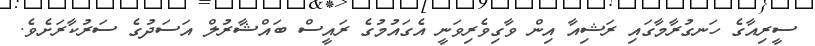
ސީރިއާގެ ހަނގުރާމާގައި ރަޝިއާ އިން ވާގިވެރިވަނީ އެގައުމުގެ ރައީސް ބައްޝާރުލް އަސަދުގެ ސަރުކާރަށެވެ.